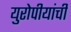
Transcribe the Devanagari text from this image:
युरोपीयांची